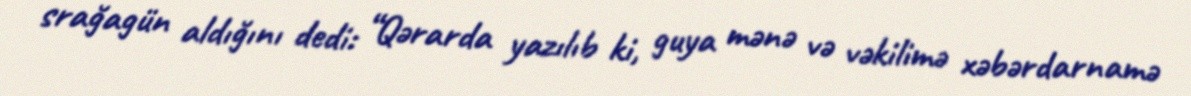
srağagün aldığını dedi: “Qərarda yazılıb ki, guya mənə və vəkilimə xəbərdarnamə